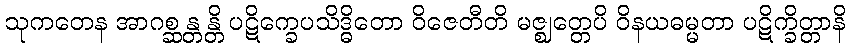
သုကတေန အာဂစ္ဆန္တန္တိ ပဋိက္ခေပသိဒ္ဓိတော ဝိဇေတီတိ မဇ္ဈတ္တေပိ ဝိနယဓမ္မတာ ပဋိက္ခိတ္တာနိ